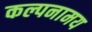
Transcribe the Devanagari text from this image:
कल्पनामय